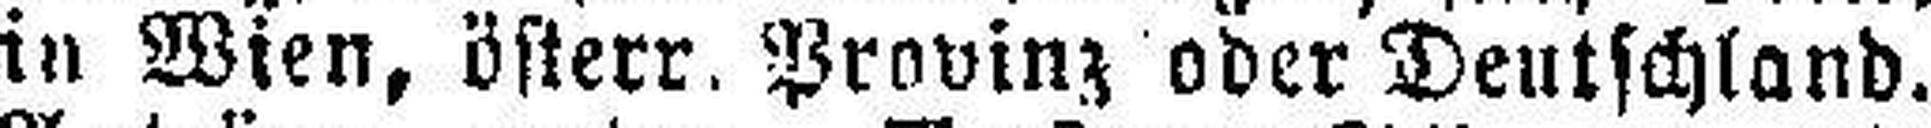
in Wien, österr. Provinz oder Deutschland.